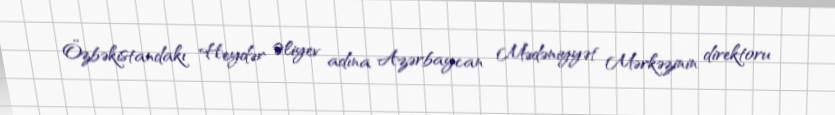
Özbəkistandakı Heydər Əliyev adına Azərbaycan Mədəniyyət Mərkəzinin direktoru